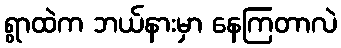
ရွာထဲက ဘယ်နားမှာ နေကြတာလဲ